Report on vaccination in the Province of Bengal - 1869-1873
Year: 1869
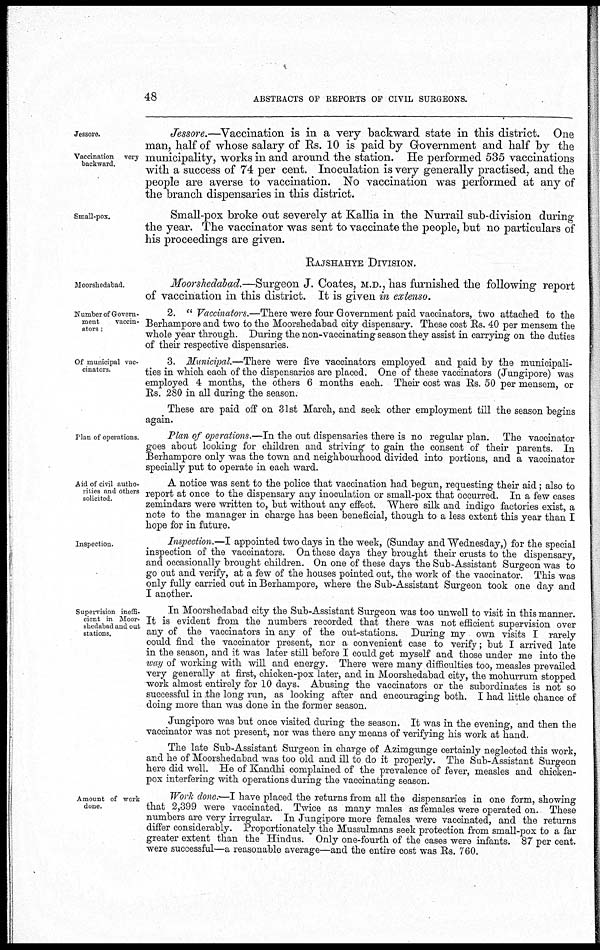
48
ABSTRACTS OF REPORTS OF CIVIL SURGEONS.
Jessore.
Vaccination very
backward.
Jessore.—Vaccination is in a very backward state in this district. One
man, half of whose salary of Rs. 10 is paid by Government and half by the
municipality, works in and around the station. He performed 535 vaccinations
with a success of 74 per cent. Inoculation is very generally practised, and the
people are averse to vaccination. No vaccination was performed at any of
the branch dispensaries in this district.
Small-pox.
Small-pox broke out severely at Kallia in the Nurrail sub-division during
the year. The vaccinator was sent to vaccinate the people, but no particulars of
his proceedings are given.
RAJSHAHYE DIVISION.
Moorshedabad.
Moorshedabad.—Surgeon J. Coates, M.D., has furnished the following report
of vaccination in this district. It is given in extenso.
Number of Govern-
ment
vaccin-
ators ;
2. " Vaccinators.—There were four Government paid vaccinators, two attached to the
Berhampore and two to the Moorshedahad city dispensary. These cost Rs. 40 per mensem the
whole year through. During the non-vaccinating season they assist in carrying on the duties
of their respective dispensaries.
Of municipal vac-
cinators.
3. Municipal.—There were five vaccinators employed and paid by the municipali-
ties in which each of the dispensaries are placed. One of these vaccinators (Jungipore) was
employed 4 months, the others 6 months each. Their cost was Rs. 50 per mensem, or
Rs. 280 in all during the season.
These are paid off on 31st March, and seek other employment till the season begins
again.
Plan of operations.
Plan of operations.—In the out dispensaries there is no regular plan. The vaccinator
goes about looking for children and striving to gain the consent of their parents. In
Berhampore only was the town and neighbourhood divided into portions, and a vaccinator
specially put to operate in each ward.
Aid of civil autho-
rities and others
solicited.
A notice was sent to the police that vaccination had begun, requesting their aid; also to
report at once to the dispensary any inoculation or small-pox that occurred. In a few cases
zemindars were written to, but without any effect. "Where silk and indigo factories exist, a
note to the manager in charge has been beneficial, though to a less extent this year than I
hope for in future.
Inspection.
Inspection.—I appointed two days in the week, (Sunday and Wednesday,) for the special
inspection of the vaccinators. On these days they brought their crusts to the dispensary,
and occasionally brought children. On one of these days the Sub-Assistant Surgeon was to
go out and verify, at a few of the houses pointed out, the work of the vaccinator. This was
only fully carried out in Berhampore, where the Sub-Assistant Surgeon took one day and
I another.
Supervision ineffi-
cient in Moor-
shedabad and out
stations.
In Moorshedabad city the Sub-Assistant Surgeon was too unwell to visit in this manner.
It is evident from the numbers recorded that there was not efficient supervision over
any of the vaccinators in any of the out-stations. During my own visits I rarely
could find the vaccinator present, nor a convenient case to verify; but I arrived late
in the season, and it was later still before I could get myself and those under me into the
way of working with will and energy. There were many difficulties too, measles prevailed
very generally at first, chicken-pox later, and in Moorshedabad city, the mohurrum stopped
work almost entirely for 10 days. Abusing the vaccinators or the subordinates is not so
successful in the long run, as looking after and encouraging both. I had little chance of
doing more than was done in the former season.
Jungipore was but once visited during the season. It was in the evening, and then the
vaccinator was not present, nor was there any means of verifying his work at hand.
The late Sub-Assistant Surgeon in charge of Azimgunge certainly neglected this work,
and he of Moorshedabad was too old and ill to do it properly. The Sub-Assistant Surgeon
here did well. He of Kandhi complained of the prevalence of fever, measles and chicken-
pox interfering with operations during the vaccinating season.
Amount of work
done.
Work done.—I have placed the returns from all the dispensaries in one form, showing
that 2,399 were vaccinated. Twice as many males as females were operated on. These
numbers are very irregular. In Jungipore more females were vaccinated, and the returns
differ considerably. Proportionately the Mussulmans seek protection from small-pox to a far
greater extent than the Hindus. Only one-fourth of the cases were infants. 87 per cent.
were successful—a reasonable average—and the entire cost was Rs. 760.